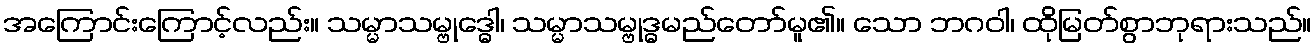
အကြောင်းကြောင့်လည်း။ သမ္မာသမ္ဗုဒ္ဓေါ၊ သမ္မာသမ္ဗုဒ္ဓမည်တော်မူ၏။ သော ဘဂဝါ၊ ထိုမြတ်စွာဘုရားသည်။